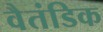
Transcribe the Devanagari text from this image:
वैतंडिक